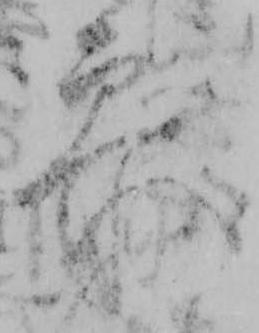
参